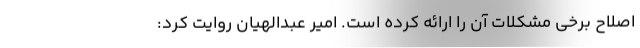
اصلاح برخی مشکلات آن را ارائه کرده است. امیر عبدالهیان روایت کرد: